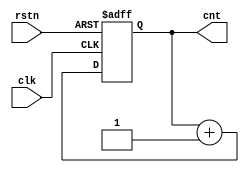
`timescale 1ns / 1ps
//////////////////////////////////////////////////////////////////////////////////
// Company: 
// Engineer: 
// 
// Design Name: 
// Module Name: cnt_3
// Project Name: 
// Target Devices: 
// Tool Versions: 
// Description: 
// 
// Dependencies: 
// 
// Revision:
// Revision 0.01 - File Created
// Additional Comments:
// 
//////////////////////////////////////////////////////////////////////////////////

module cnt_3 (
    
    input [0:0]clk ,
    input [0:0]rstn ,
    
    output reg [2:0] cnt 

);

    always @(posedge clk or negedge rstn) begin
        if (!rstn)begin
             cnt <= 0;
        end else begin
             cnt <= cnt + 1;
        end
    end
endmodule